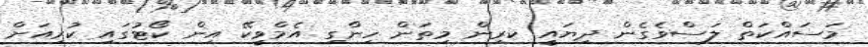
މަސައްކަތް ލަސްވެގެން ދިޔައީ ކރިން މިތަން ހިންގި އެމްވީކޭ އިން ކޯޓުގައި ކުރިއަށް